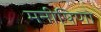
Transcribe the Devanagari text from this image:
मनीषिणो